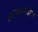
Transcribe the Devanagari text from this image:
त्याच्यामधील